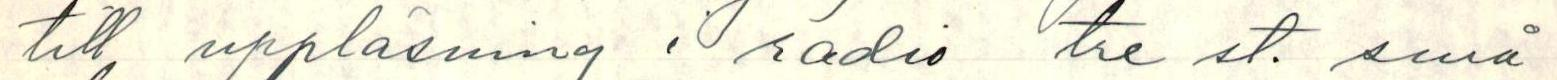
till uppläsning i radio tre st. små